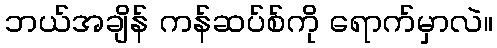
ဘယ်အချိန် ကန်ဆပ်စ်ကို ရောက်မှာလဲ။